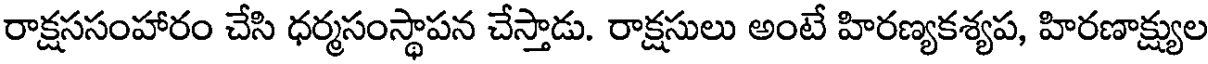
రాక్షససంహారం చేసి ధర్మసంస్థాపన చేస్తాడు. రాక్షసులు అంటే హిరణ్యకశ్యప, హిరణాక్ష్యుల